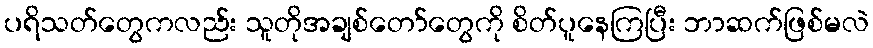
ပရိသတ်တွေကလည်း သူတိုအချစ်တော်တွေကို စိတ်ပူနေကြပြီး ဘာဆက်ဖြစ်မလဲ